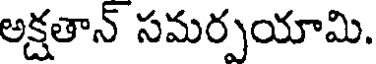
అక్షతాన్ సమర్పయామి.